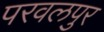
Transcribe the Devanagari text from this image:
परवलपुर